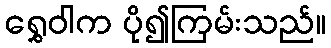
ရွှေဝါက ပို၍ကြမ်းသည်။